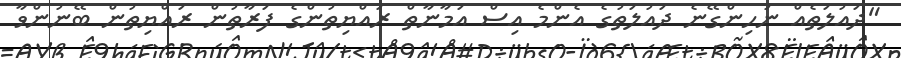
"ދައުލަތެއް ނުހިންގޭނެ ދައުލަތުގެ އެންމެ އިސް އަމާނާތް ރައްޔިތުންގެ ފަރާތުން ރައްޔިތުން ބޭނުންވާ